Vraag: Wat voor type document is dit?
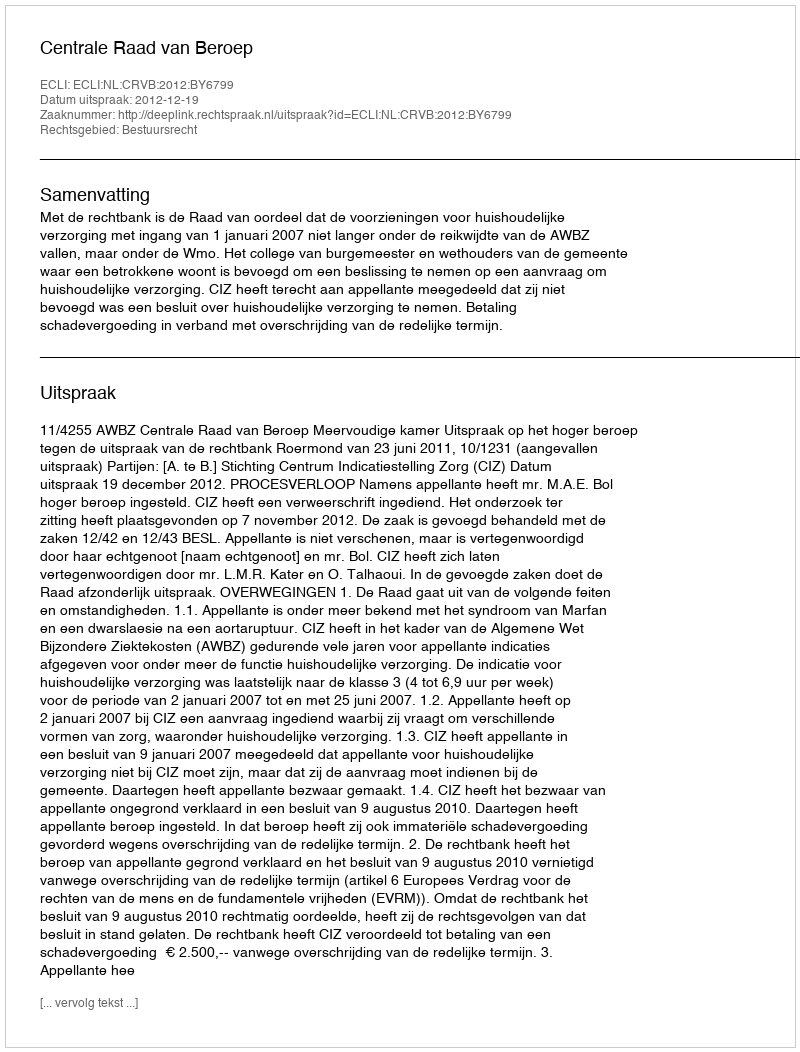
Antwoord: Uitspraak